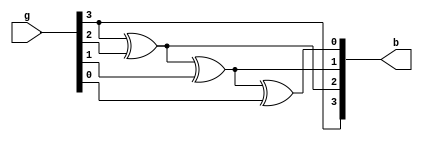

module code_converter_gb(g, b);

input [3:0] g; // 4bit gray code

output reg [3:0] b; // 4bit binary code

always @(g) begin
    b[3] = g[3];
    b[2] = b[3] ^ g[2];
    b[1] = b[2] ^ g[1];
    b[0] = b[1] ^ g[0];
end

endmodule